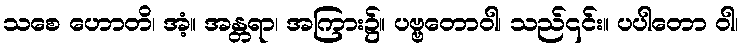
သစေ ဟောတိ၊ အံ့။ အန္တရာ၊ အကြား၌။ ပဗ္ဗတောဝါ၊ သည်၎င်း။ ပပါတော ဝါ၊